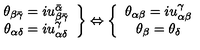
\left. \begin{array} { c } { \theta _ { \beta \bar { \gamma } } = i u _ { \beta \bar { \gamma } } ^ { \bar { \alpha } } } \\ { \theta _ { \alpha \delta } = i u _ { \alpha \delta } ^ { \gamma } } \\ \end{array} \right\} \Leftrightarrow \left\{ \begin{array} { c } { \theta _ { \alpha \beta } = i u _ { \alpha \beta } ^ { \gamma } } \\ { \theta _ { \beta } = \theta _ { \delta } } \\ \end{array} \right.